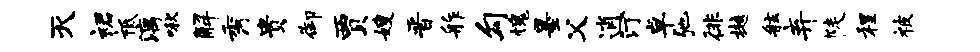
灭裙祗漓啾解秀贵御贾嫂晋舴勾愧墨父逍汀卓弛徘樾舷弃陡程被